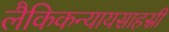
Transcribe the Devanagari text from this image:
लैकिकन्यायसाहस्री